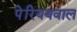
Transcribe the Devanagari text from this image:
पेरिययवाल